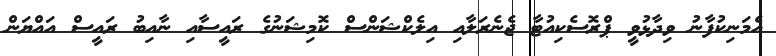
އެމަނިކުފާނު ވިދާޅުވީ ޕްރޮސެކިއުޓާ ޖެނެރަލާއި އިލެކްޝަންސް ކޮމިޝަނުގެ ރައީސާއި ނާއިބު ރައީސް އައްޔަން